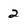
Character: 2